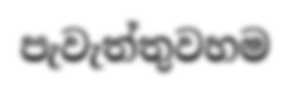
පැවැත්තුවහම